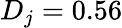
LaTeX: D_{j}=0.56